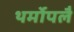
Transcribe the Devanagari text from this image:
थर्मोपलै